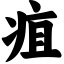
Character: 疽